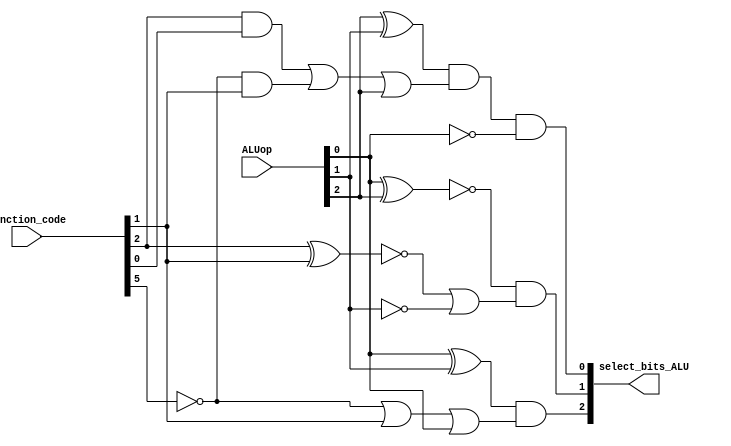
module alu_control(select_bits_ALU, function_code, ALUop);

input [5:0] function_code;
input [2:0] ALUop;
output [2:0] select_bits_ALU;

wire negFuc5,negFuc2,negFuc1,negALU0,negALU1;
wire temp,temp1,temp2,temp3,temp5,temp6,temp7,temp8,temp9;	

not(negFuc5,function_code[5]);
not(negFuc2,function_code[2]);
not(negFuc1,function_code[1]);
not(negALU0,ALUop[0]);
not(negALU1,ALUop[1]);

xor(temp,ALUop[0],ALUop[1]);
or(temp1,negFuc5,function_code[1],ALUop[0]);
and(select_bits_ALU[2],temp,temp1);

xnor(temp2,ALUop[0],ALUop[2]);
xnor(temp3,function_code[2],function_code[1]);
or(temp8,temp3,negALU1);
and(select_bits_ALU[1],temp2,temp8);

xor(temp5,ALUop[2],ALUop[1]);
and(temp6,negFuc5,function_code[1]);
and(temp7,function_code[2],function_code[0]);
or(temp9,temp7,temp6,ALUop[2]);
and(select_bits_ALU[0],temp5,temp9,negALU0);

endmodule